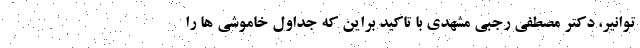
توانیر، دکتر مصطفی رجبی مشهدی با تاکید براین که جداول خاموشی ها را